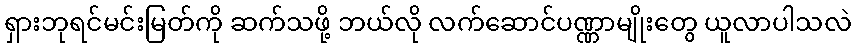
ရှားဘုရင်မင်းမြတ်ကို ဆက်သဖို့ ဘယ်လို လက်ဆောင်ပဏ္ဏာမျိုးတွေ ယူလာပါသလဲ